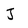
Character: J